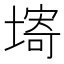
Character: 𡏾